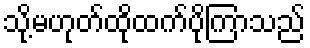
သို့မဟုတ်ထိုထက်ပိုကြာသည်